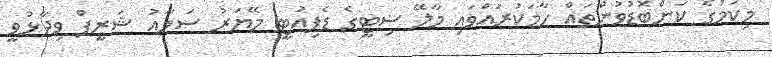
މިކަމުގެ ކަންބޮޑުވުންތައް ހާމަކުރައްވައި މާލޭ ސިޓީގެ ޑެޕިއުޓީ މޭޔަރު ސަމާއު ޝަރީފް ވިދާޅުވީ